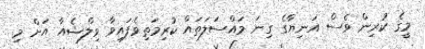
މީގެ ކުރިން ވެސް އަނިޔާގެ ގިނަ މައްސަލަތައް ކުރިމަތިވެފައިވާ ވިލްޝެއާ އަށް މި